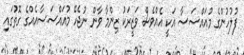
ފުލުހުންގެ މުއައްސަސާ އަކީ އެއްވެސް ވަޒީރަކު ޒިންމާ ވާން ނުޖެހޭ މުއައްސަސާއެއްގެ ގޮތުގައި